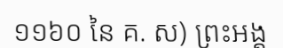
១១៦០ នៃ គ. ស) ព្រះអង្គ